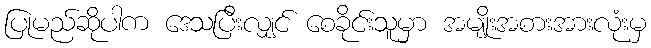
ပြုမည်ဆိုပါက ဒေသပြီးလျှင် စေခိုင်းသူမှာ အမျိုးအစားအားလုံးမှ